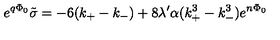
e ^ { q \Phi _ { 0 } } \tilde { \sigma } = - 6 ( k _ { + } - k _ { - } ) + 8 \lambda ^ { \prime } \alpha ( k _ { + } ^ { 3 } - k _ { - } ^ { 3 } ) e ^ { n \Phi _ { 0 } }